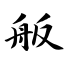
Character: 舨